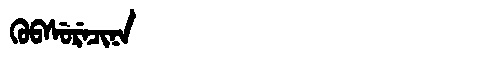
Manchu: ᡴᡠᠪᠰᡠᡵᡝᠴᡳᠨᠠ
Romanization: KUBSURECINA